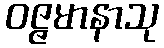
ဝဇ္ဇမာနာသု